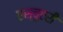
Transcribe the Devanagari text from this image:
एस्चुएरी